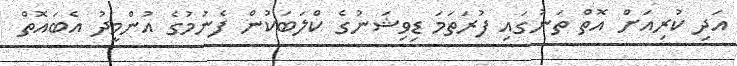
އަދި ކުރިއަށް އޮތް ތަނުގައި ފުރަތަމަ ޑިވިޝަނުގެ ކްލަބަކުން ފެނުމުގެ އުންމީދު އެބައޮތް